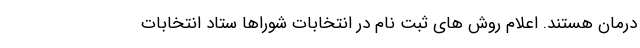
درمان هستند. اعلام روش های ثبت نام در انتخابات شوراها ستاد انتخابات